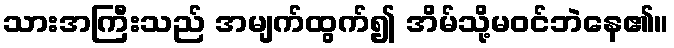
သားအကြီးသည် အမျက်ထွက်၍ အိမ်သို့မဝင်ဘဲနေ၏။